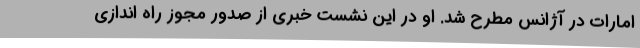
امارات در آژانس مطرح شد. او در این نشست خبری از صدور مجوز راه اندازی